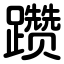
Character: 躜